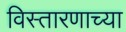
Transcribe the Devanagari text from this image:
विस्तारणाच्या